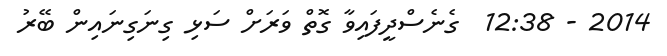
2014 - 12:38  ގެނެސްދީފައިވާ ގޮތް ވަރަށް ސަޅި ގިނަގިނައިން ބޭރު